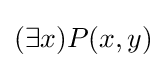
(\exists x)P(x,y)